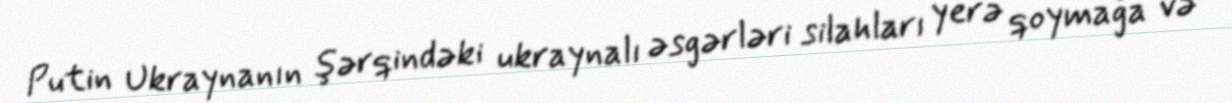
Putin Ukraynanın şərqindəki ukraynalı əsgərləri silahları yerə qoymağa və